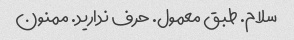
سلام. طبق معمول. حرف ندارید. ممنون